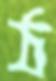
ঠ